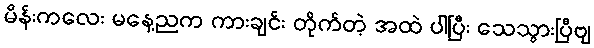
မိန်းကလေး မနေ့ညက ကားချင်း တိုက်တဲ့ အထဲ ပါပြီး သေသွားပြီဗျ